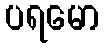
ပရမော